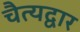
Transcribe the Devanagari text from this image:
चैत्यद्वार